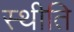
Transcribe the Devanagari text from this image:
स्थीति